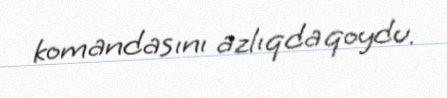
komandasını azlıqda qoydu.